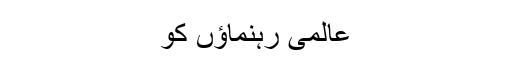
عالمی رہنماؤں کو